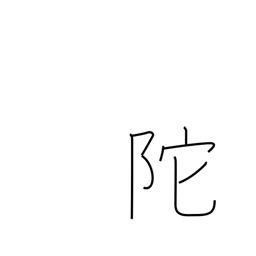
Meaning: steep